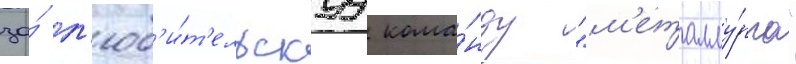
за́ л'юб'и́т'ельскуу кома́нду "м'еталлу́рга"